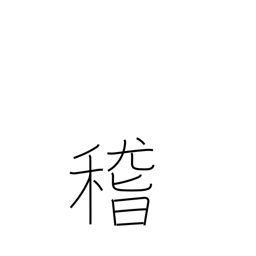
Meaning: consider